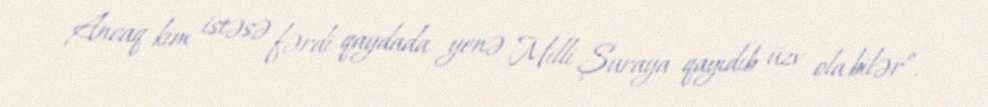
Ancaq kim istəsə fərdi qaydada yenə Milli Şuraya qayıdıb üzv ola bilər”.